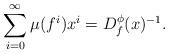
LaTeX: \begin{align*}\sum_{i=0}^{\infty}\mu(f^i)x^i= D_f^{\phi}(x)^{-1}.\end{align*}